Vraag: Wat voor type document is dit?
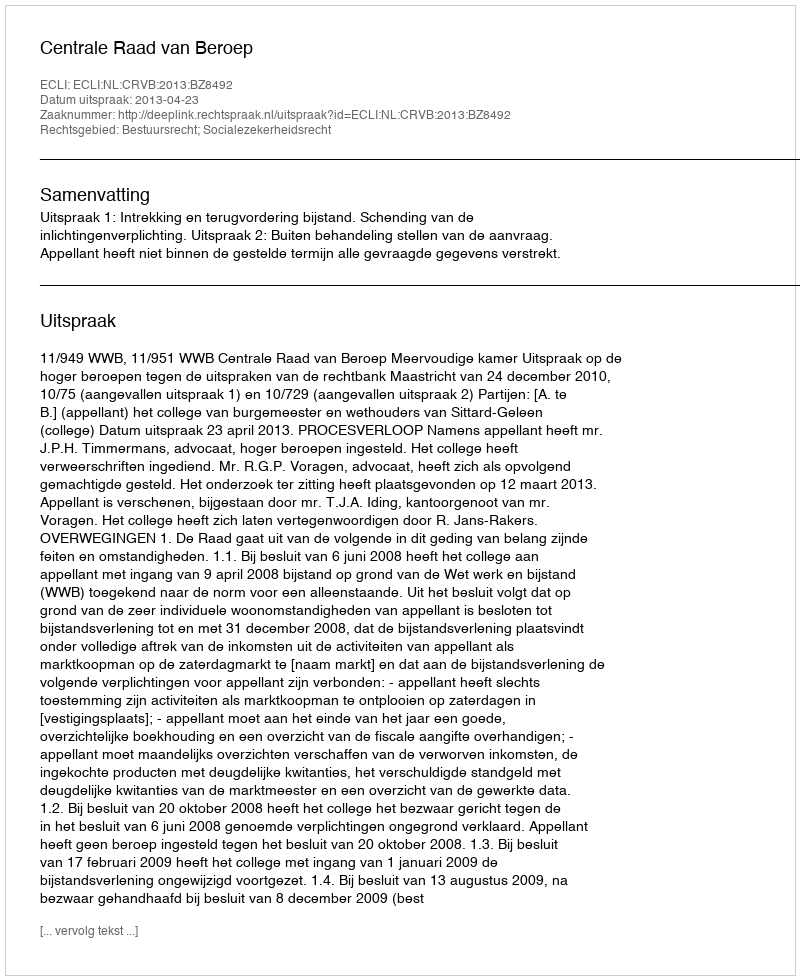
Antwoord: Uitspraak